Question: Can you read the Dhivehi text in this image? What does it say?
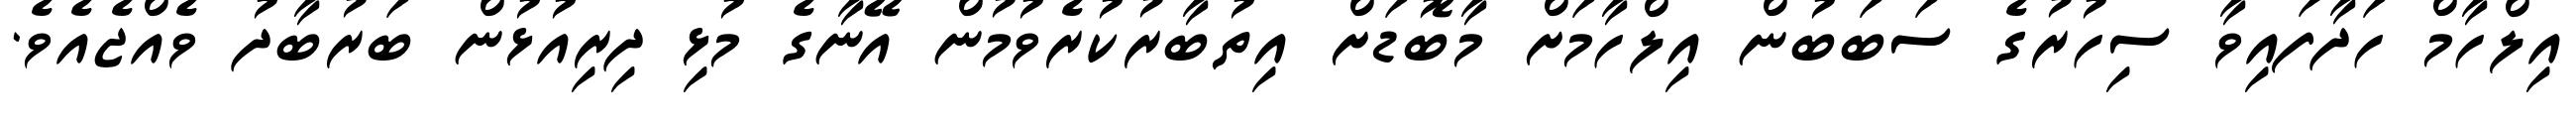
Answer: އިލްހާމް ހަދާފައިވާ ސިހުރުގެ ސަބަބުން އިލްހާމަށް މާބޮޑަށް އިތުބާރުކުރެވުމުން އޭނާގެ މުޅި ދިރިއުޅުން ބަރުބާދު ވެއްޖެއެވެ.